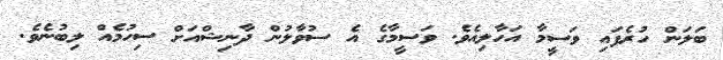
ބަލަން ހުރެފައި ވަސީމާ އަހާލިއެވެ. ވަސީމާގެ އެ ސުވާލުން ދާނިޝްއަށް ސިހުމެއް ލިބުނެވެ.